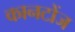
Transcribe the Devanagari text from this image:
कानटोंज